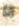
انا